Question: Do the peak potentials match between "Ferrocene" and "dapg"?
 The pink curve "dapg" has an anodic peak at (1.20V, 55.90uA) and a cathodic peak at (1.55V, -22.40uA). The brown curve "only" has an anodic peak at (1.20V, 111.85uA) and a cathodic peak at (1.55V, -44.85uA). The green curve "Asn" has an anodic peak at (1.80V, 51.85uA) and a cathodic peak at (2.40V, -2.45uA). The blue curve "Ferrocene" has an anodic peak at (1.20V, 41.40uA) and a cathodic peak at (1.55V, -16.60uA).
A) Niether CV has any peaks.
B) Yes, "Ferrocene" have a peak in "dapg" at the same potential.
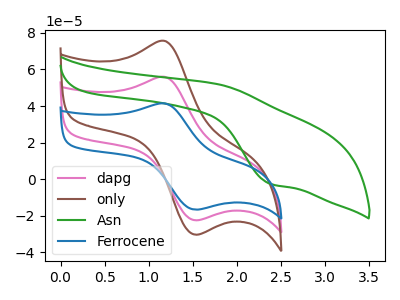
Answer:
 <answer>B) Yes, "Ferrocene" have a peak in "dapg" at the same potential.</answer>
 <eval>B</eval>